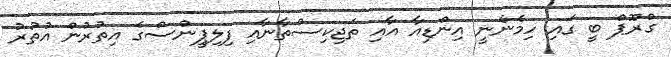
ގްރޫޕް ބީ ގައި ހިމެނެނީ އިންޑިއާ އާއި ތަޖިކިސްތާނާއި ފިލިޕީންސްގެ އިތުރުން އުތުރު